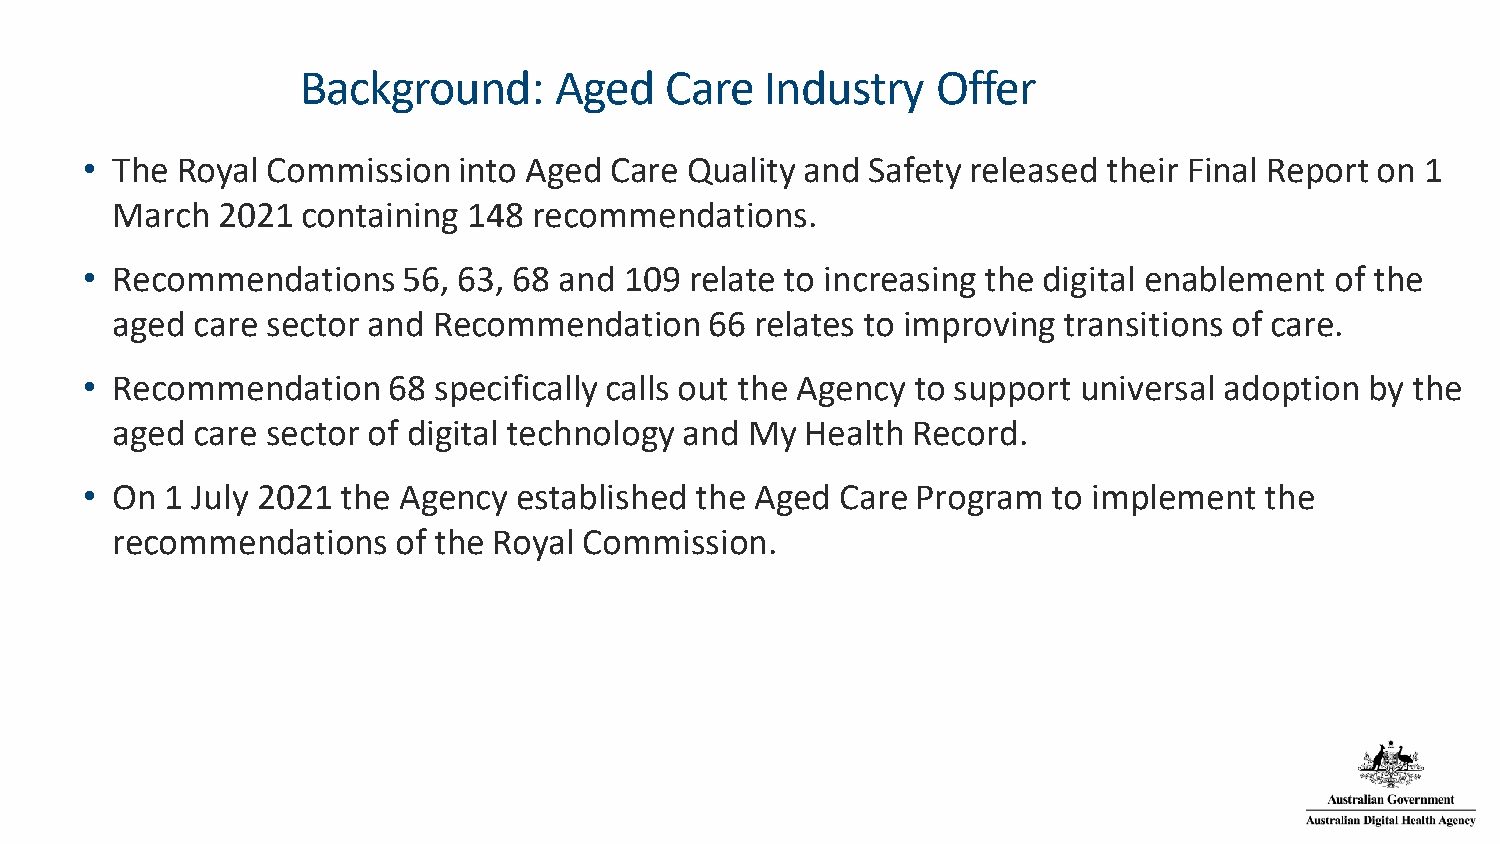
Background:      Aged   Care   Industry   Offer
 • The  Royal Commission  into Aged Care  Quality and Safety released their Final Report on 1
 March  2021  containing 148 recommendations.
 • Recommendations     56, 63, 68 and 109 relate to increasing the digital enablement of the
 aged  care sector and Recommendation    66 relates to improving transitions of care.
 • Recommendation     68 specifically calls out the Agency to support universal adoption by the
 aged  care sector of digital technology and My Health Record.
 • On  1 July 2021 the Agency established the Aged  Care Program  to implement  the
 recommendations    of the Royal Commission.